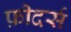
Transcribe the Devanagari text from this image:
फ़ीदर्स